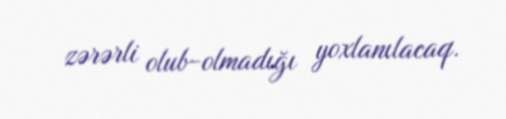
zərərli olub-olmadığı yoxlanılacaq.